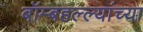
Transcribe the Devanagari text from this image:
बॉम्बहल्ल्यांच्या